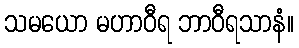
သမယော မဟာဝီရ ဘာဝီရသာနံ။